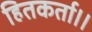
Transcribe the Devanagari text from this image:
हितकर्ता।।